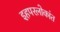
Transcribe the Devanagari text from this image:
इहपरलोकांत